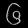
Digit: ၆